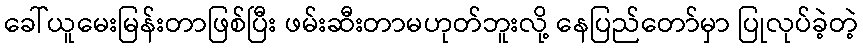
ခေါ်ယူမေးမြန်းတာဖြစ်ပြီး ဖမ်းဆီးတာမဟုတ်ဘူးလို့ နေပြည်တော်မှာ ပြုလုပ်ခဲ့တဲ့